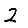
Digit: 2